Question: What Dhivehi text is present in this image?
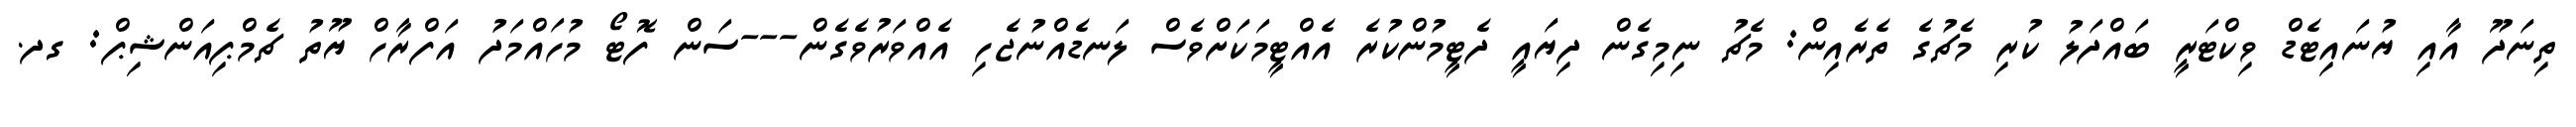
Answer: ތިނަދޫ އާއި ޔުނައިޓެޑް ވިކްޓަރީ ބައްދަލު ކުރި މެޗުގެ ތެރެއިން: މެޗު ނިމިގެން ދިޔައީ ދެޓީމުންކުރެ އެއްޓީމަކަށްވެސް ލަނޑެއްނުޖެހި އެއްވަރުވެގެން---ސަން ފޮޓޯ މުހައްމަދު އަފްރާހް ޔޫތު ޗެމްޕިއަންޝިޕް: ގދ.